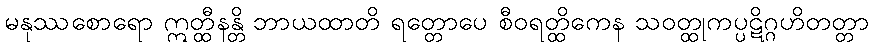
မနုဿစောရော ဣတ္ထီနန္တိ ဘာယထာတိ ရတ္တောပေ စီဝရတ္ထိကေန သဝတ္ထုကပ္ပဋိဂ္ဂဟိတတ္တာ